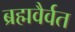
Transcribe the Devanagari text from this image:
ब्रह्मवैर्वत